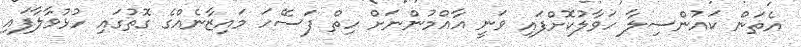
އެތަން ކައުންސިލާ ހަވާލުކޮށްފައި ވަނީ އާއްމުންނަށް ހިތް ފަސޭހަ މައިޒާނެއްގެ ގޮތުގައި ހުޅުވާލާފައި